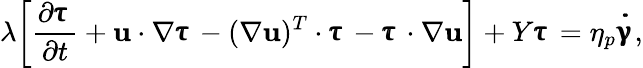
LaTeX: \lambda\biggl[\frac{\partial{\pmb{\uptau}}}{\partial t}+{\mathbf{u}}\cdot\nabla{\pmb{\uptau}}-(\nabla{\mathbf{u}})^{T}\cdot{\pmb{\uptau}}-{\pmb{\uptau}}\cdot\nabla{\mathbf{u}}\biggr]+Y{\pmb{\uptau}}=\eta_{p}{\pmb{\dot{\upgamma}}},